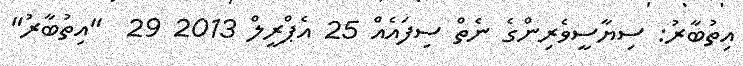
އިތުބާރު: ސިޔާސީވެރިންގެ ނެތް ސިފައެއް 25 އެޕްރީލް 2013 29  "އިތުބާރު"